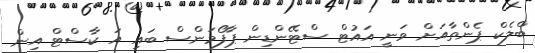
ބްލެކް ޕެންތާއަށް ވަނީ އައުޓް ސްޓޭންޑިން ޕާފޯމަންސް ބައި އަ ކާސްޓް އިން